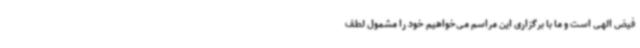
فیض الهی است و ما با برگزاری این مراسم می‌خواهیم خود را مشمول لطف